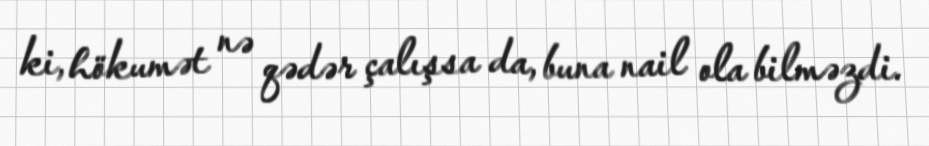
ki, hökumət nə qədər çalışsa da, buna nail ola bilməzdi.